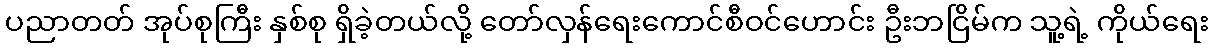
ပညာတတ် အုပ်စုကြီး နှစ်စု ရှိခဲ့တယ်လို့ တော်လှန်ရေးကောင်စီဝင်ဟောင်း ဦးဘငြိမ်က သူ့ရဲ့ ကိုယ်ရေး